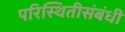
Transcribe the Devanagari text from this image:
परिस्थितीसंबंधी